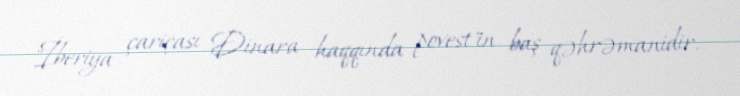
"İberiya çariçası Dinara haqqında povest"in baş qəhrəmanidir.